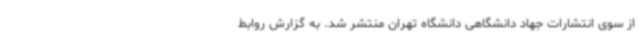
از سوی انتشارات جهاد دانشگاهی دانشگاه تهران منتشر شد. به گزارش روابط